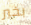
بخير